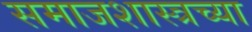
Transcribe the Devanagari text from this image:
समाजशास्त्रच्या